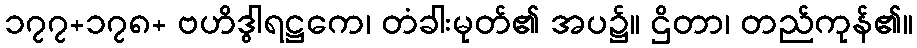
၁၇၇+၁၇၈+ ဗဟိဒွါရဋ္ဌကေ၊ တံခါးမုတ်၏ အပ၌။ ဌိတာ၊ တည်ကုန်၏။